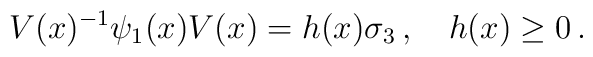
V(x)^{-1} \psi_1(x) V(x) = h(x) \sigma_3 \, , \quad h(x) \geq 0 \, .